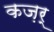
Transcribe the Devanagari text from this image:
कज़र्